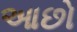
આછો